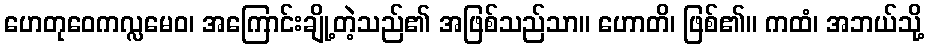
ဟေတုဝေကလ္လမေဝ၊ အကြောင်းချို့တဲ့သည်၏ အဖြစ်သည်သာ။ ဟောတိ၊ ဖြစ်၏။ ကထံ၊ အဘယ်သို့